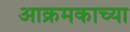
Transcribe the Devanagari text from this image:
आक्रमकाच्या